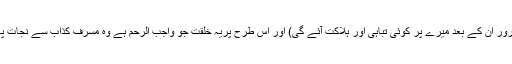
(یعنی ضرور ان کے بعد میرے پر کوئی تباہی اور ہلاکت آئے گی) اور اس طرح پریہ خلقت جو واجب الرحم ہے وہ مُسرف کذّاب سے نجات پالے گی‘‘۔